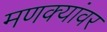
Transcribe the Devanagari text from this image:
मणक्यांवर